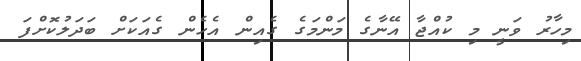
މިހާރު ވަނީ މި ކުއްޖާ އޭނާގެ މަންމަގެ ގެއިން އެހެން ގެއަަކަށް ބަދަލުކޮށްފަ